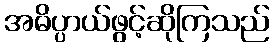
အဓိပ္ပာယ်ဖွင့်ဆိုကြသည်